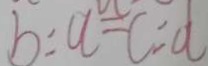
b : a = c : d